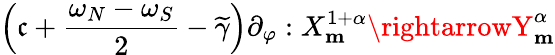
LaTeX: \Big(\mathfrak{c}+\frac{{\omega_{N}-\omega_{S}}}{{2}}-\widetilde{{\gamma}}\Big)\partial_{\varphi}:X_{\mathbf{{m}}}^{1+\alpha}\rightarrowY_{\mathbf{{m}}}^{\alpha}